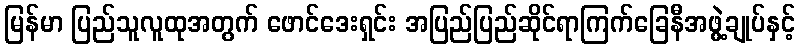
မြန်မာ ပြည်သူလူထုအတွက် ဖောင်ဒေးရှင်း အပြည်ပြည်ဆိုင်ရာကြက်ခြေနီအဖွဲ့ချုပ်နှင့်